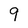
Character: 9